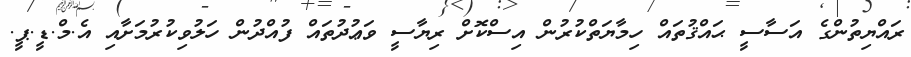
ރައްޔިތުންގެ އަސާސީ ޙައްޤުތައް ހިމާޔަތްކުރުން އިސްކޮށް ރިޔާސީ ވަޢުދުތައް ފުއްދުން ހަލުވިކުރުމަށާއި އެ.މް.ޑީ.ޕީ.